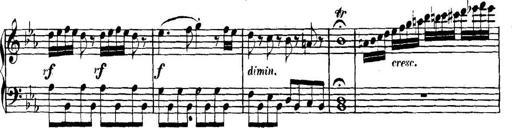
Title: Collected Piano Sonatas
Composer: Muzio Clementi